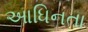
આધિનતા